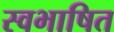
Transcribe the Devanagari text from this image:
स्वभाषित